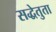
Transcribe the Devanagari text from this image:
सद्धेतुता